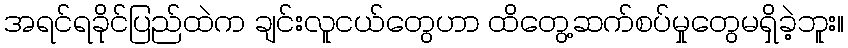
အရင်ရခိုင်ပြည်ထဲက ချင်းလူငယ်တွေဟာ ထိတွေ့ဆက်စပ်မှုတွေမရှိခဲ့ဘူး။